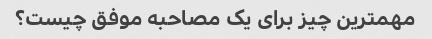
مهمترین چیز برای یک مصاحبه موفق چیست؟